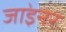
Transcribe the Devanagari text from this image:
जा॓इनर